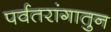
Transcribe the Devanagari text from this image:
पर्वतरांगातुन